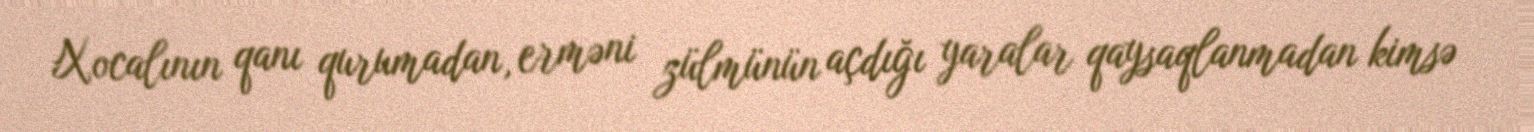
Xocalının qanı qurumadan, erməni zülmünün açdığı yaralar qaysaqlanmadan kimsə